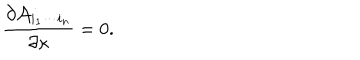
{ \frac { \partial { \cal A } _ { i _ { 1 } \cdots i _ { n } } } { \partial \kappa } } = 0 .